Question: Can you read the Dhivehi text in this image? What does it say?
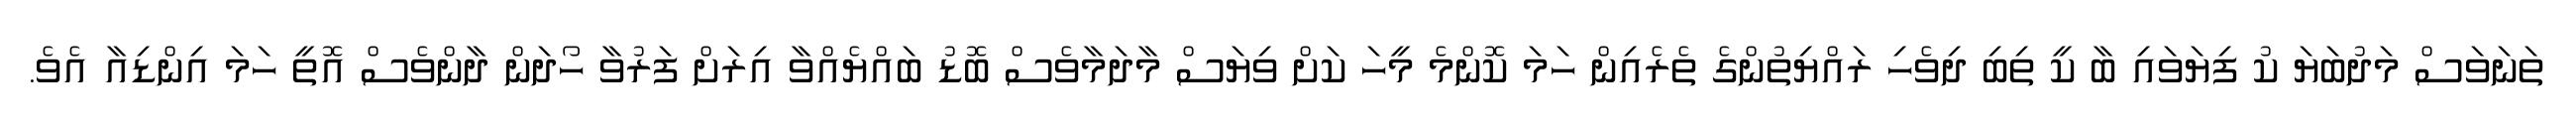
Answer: ތަނަވަސް މަދުބަޔަ ކު ފިޔަވައި ބާ ކީ ތިބި ދިވެހި ރައްޔިތުންގެ ތެރެއިން ހަމަ ކޮންމެ މީހަ ކަށް ވިޔަސް މާދަމާވެސް ބޮޑު ބައްޔެއްވާ އިރަށް ފަރުވާ ހޯދަން ދާންވެސް އޮތީ ހަމަ އިންޑިއާ އެވެ.